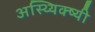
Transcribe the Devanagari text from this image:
अस्थ्यिक्ष्यी